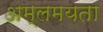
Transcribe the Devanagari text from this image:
अम्लमयता